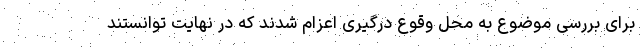
برای بررسی موضوع به محل وقوع درگیری اعزام شدند که در نهایت توانستند